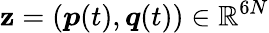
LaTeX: \boldsymbol{\mathbf{z}}=\left(\boldsymbol{p}(t),\boldsymbol{q}(t)\right)\in\mathbb{{R}}^{6N}